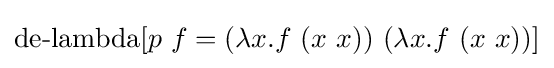
\operatorname {de-lambda} [p\ f=(\lambda x.f\ (x\ x))\ (\lambda x.f\ (x\ x))]